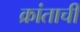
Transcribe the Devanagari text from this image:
क्रांताची